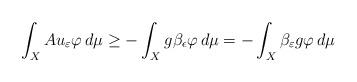
LaTeX: \begin{align*}\int_X Au_\varepsilon \varphi \,d\mu \geq -\int_X g\beta_\epsilon \varphi \,d\mu=-\int_X \beta_\varepsilon g \varphi \,d\mu\end{align*}